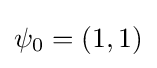
\psi _{0}=(1,1)